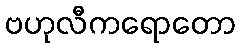
ဗဟုလီကရောတော